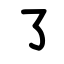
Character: ㇌